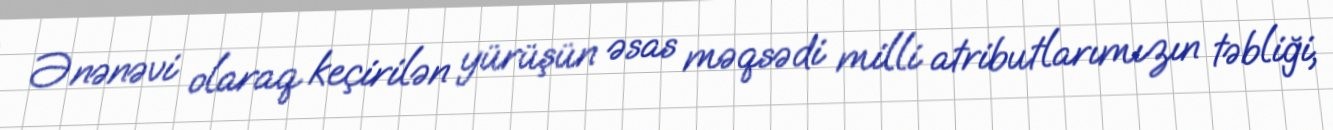
Ənənəvi olaraq keçirilən yürüşün əsas məqsədi milli atributlarımızın təbliği,